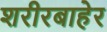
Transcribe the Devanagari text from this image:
शरीरबाहेर